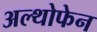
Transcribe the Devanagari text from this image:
अल्थोफेन